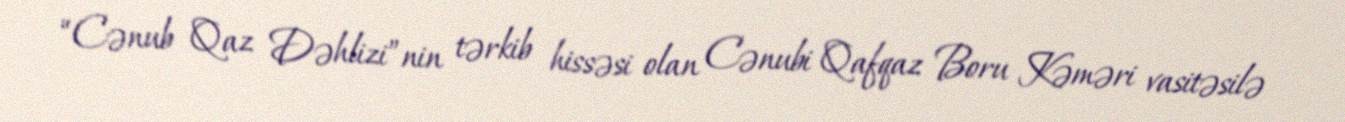
“Cənub Qaz Dəhlizi”nin tərkib hissəsi olan Cənubi Qafqaz Boru Kəməri vasitəsilə